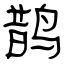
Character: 鹊